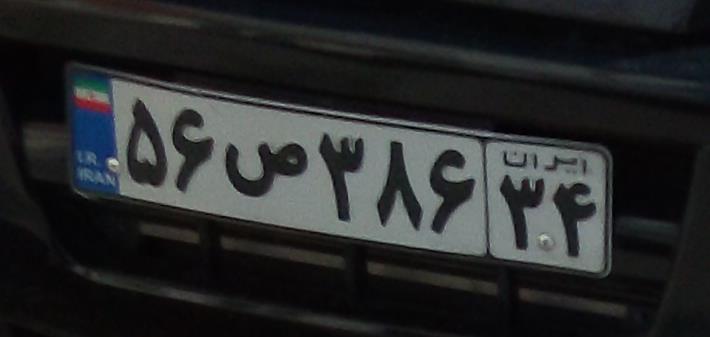
۵۶ص۳۸۶۳۴